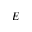
E